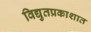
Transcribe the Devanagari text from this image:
विद्युतप्रकाशात